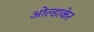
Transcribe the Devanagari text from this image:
ओल्डाकेर